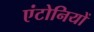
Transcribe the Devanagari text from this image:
एंटोनियों